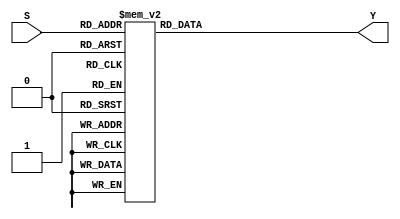
//4 to 16 decoder 
module fourtosixteen 
	(
	input [0:3] S,
	output reg [0:15] Y
	);
	
	always @ (S)
	case({S})
		4'b0000: Y = 16'b1000000000000000; //LDA 
		4'b0001: Y = 16'b0100000000000000; //STA 
		4'b0010: Y = 16'b0010000000000000; //ADD 
		4'b0011: Y = 16'b0001000000000000; //SUB - NOT USED  
		4'b0100: Y = 16'b0000100000000000; //XOR - NOT USED   
		4'b0110: Y = 16'b0000010000000000; //INC 
		4'b0111: Y = 16'b0000001000000000; //CLR 
		4'b1000: Y = 16'b0000000100000000; //JMP 
		4'b1001: Y = 16'b0000000001000000; //JPZ - NOT USED   
		4'b1100: Y = 16'b0000000010000000; //JPN - NOT USED  
		4'b1111: Y = 16'b0000000000100000; //HLT - NOT USED 
		default: Y = 16'b0000000000000000; //DEFAULT of 0s
		                                             
	endcase                                         
endmodule